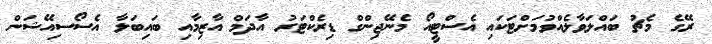
ރޭގެ މެޗު ބައްލަވާލެއްވުމަށްޓަކައި އެސްޓީއޯ މެނޭޖިންގް ޑިރެކްޓަރު އާދަމް އާޒިމާއި ބައިބަލާ އެސޯސިއޭޝަން